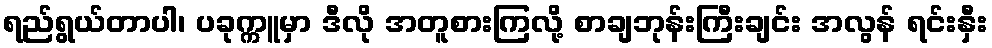
ရည်ရွယ်တာပါ၊ ပခုက္ကူမှာ ဒီလို အတူစားကြလို့ စာချဘုန်းကြီးချင်း အလွန် ရင်းနှီး